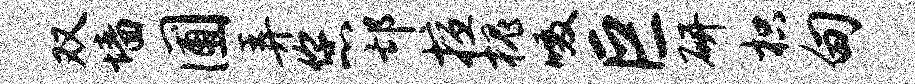
双墙圃弄您邙擅槐啜巨研枳甸